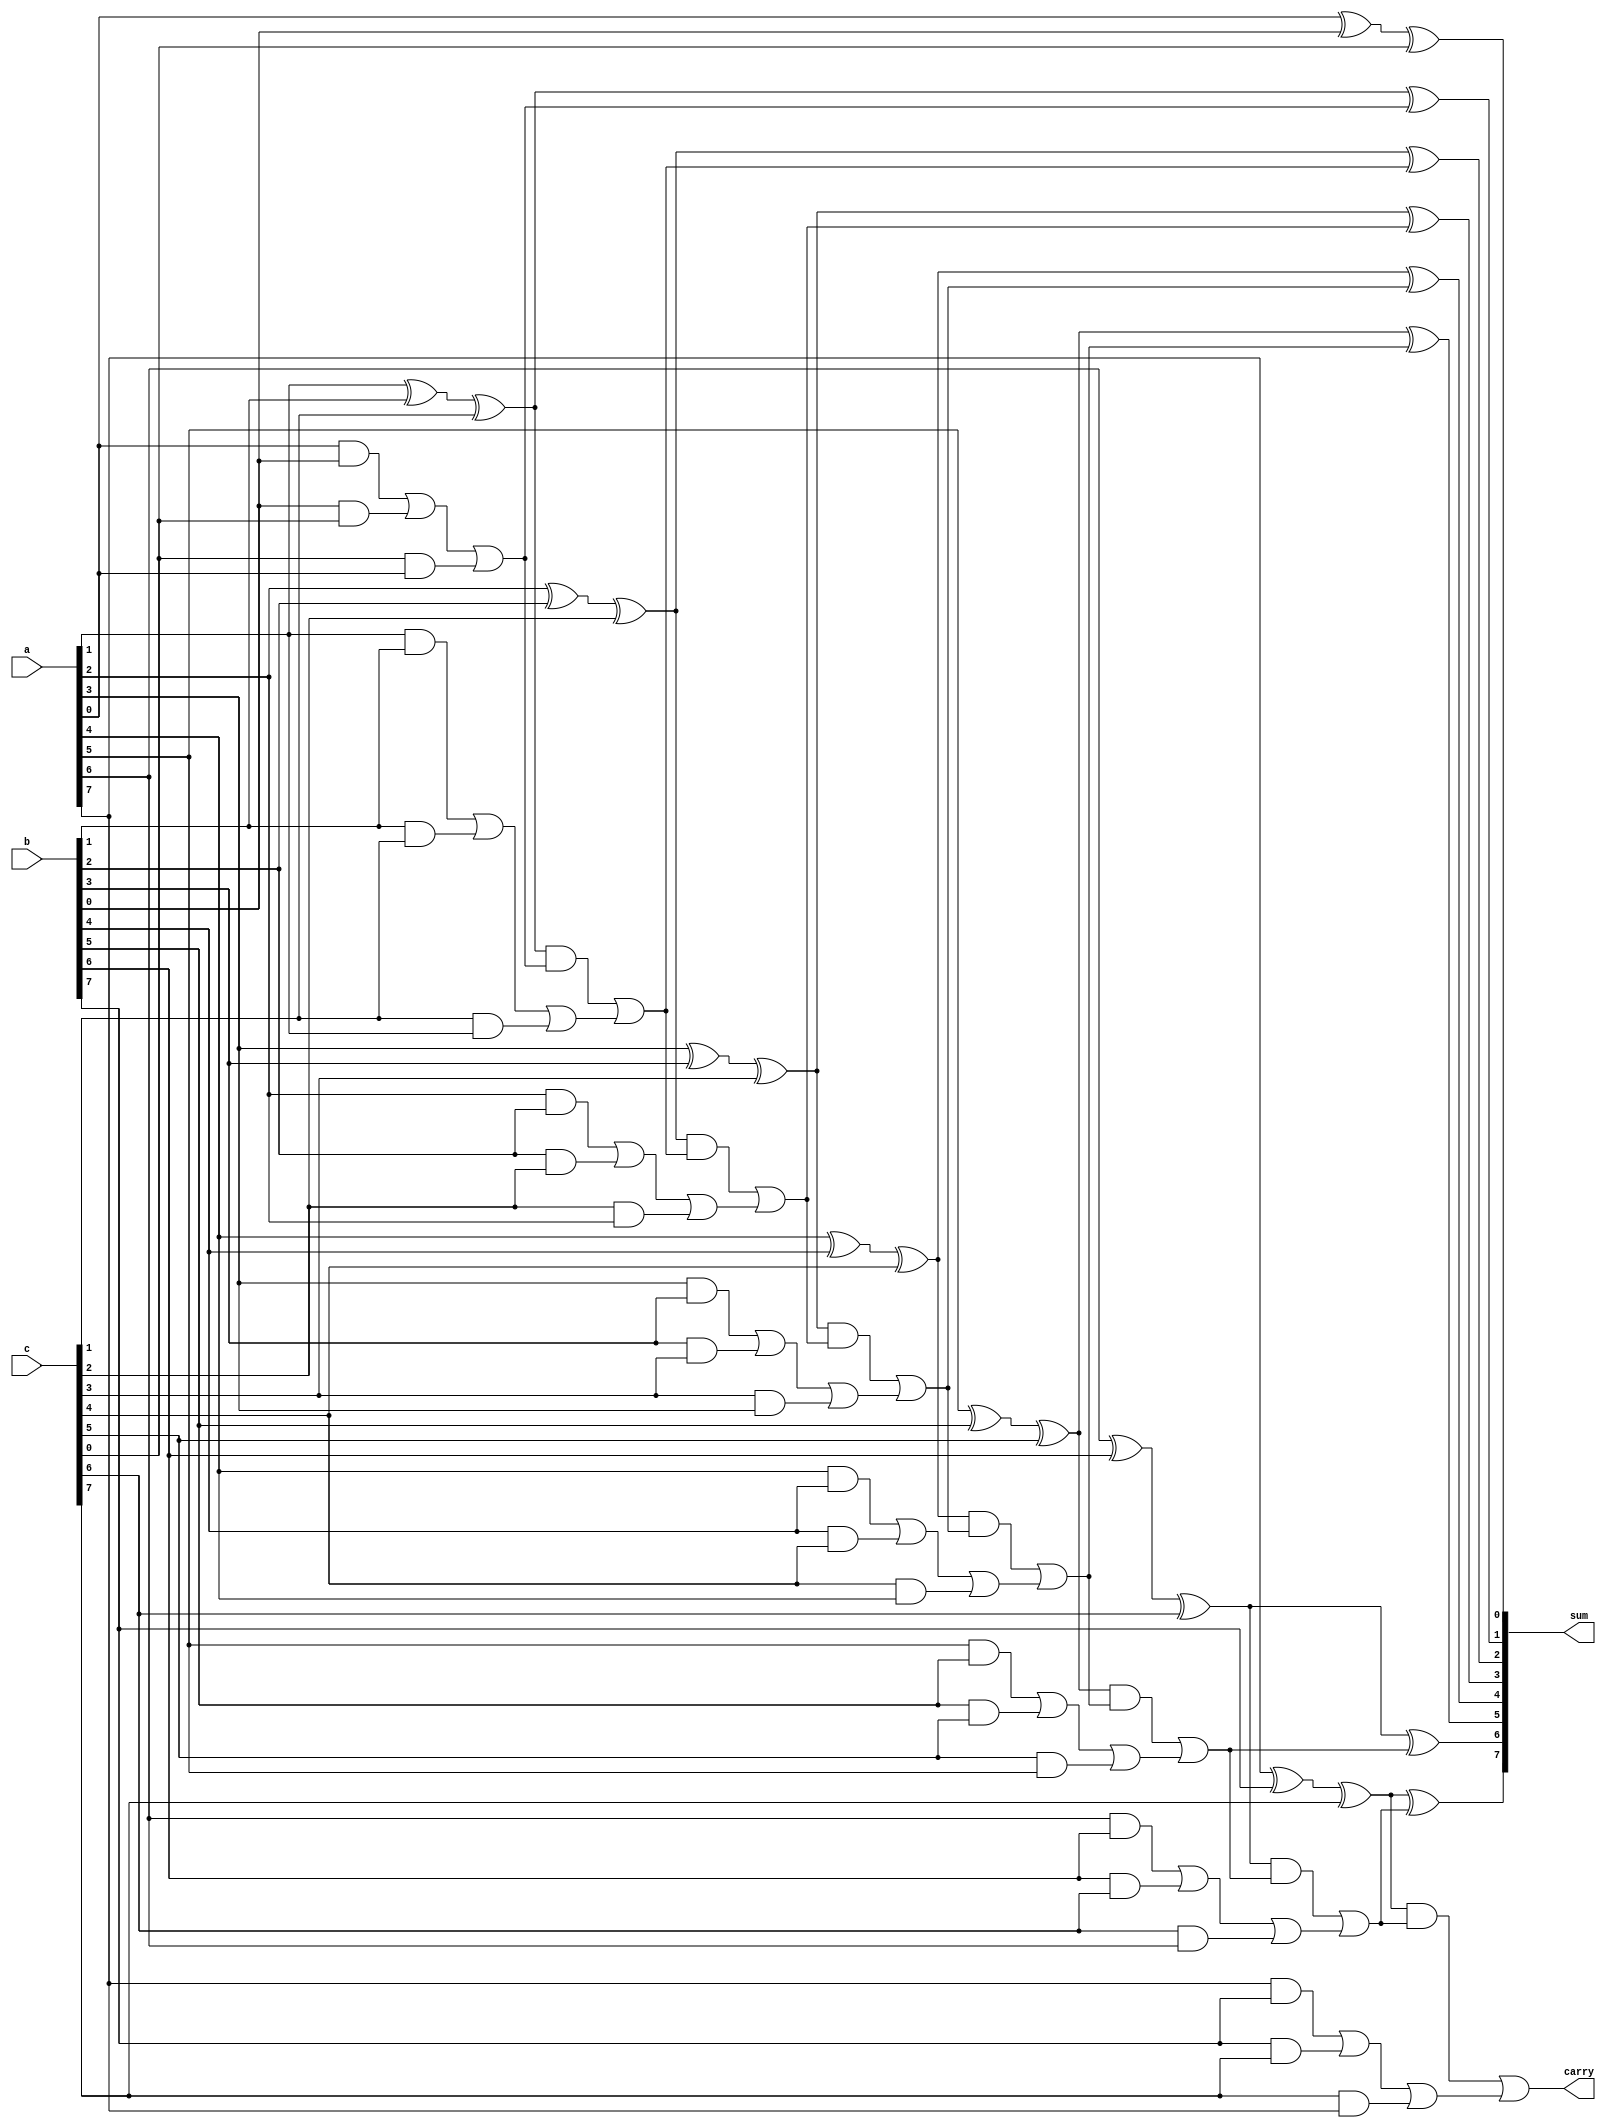
module carry_save_adder (
    input [N-1:0] a, // First input
    input [N-1:0] b, // Second input
    input [N-1:0] c, // Third input
    output [N-1:0] sum, // Final sum output
    output carry // Final carry output
);
    parameter N = 8; // Bit width of the inputs

    wire [N-1:0] partial_sum;
    wire [N-1:0] carry_out;

    // Level 1: Carry Save Addition of a, b, c
    generate
        genvar i;
        for (i = 0; i < N; i = i + 1) begin : csa_level1
            assign partial_sum[i] = a[i] ^ b[i] ^ c[i]; // Sum
            assign carry_out[i] = (a[i] & b[i]) | (b[i] & c[i]) | (c[i] & a[i]); // Carry
        end
    endgenerate

    // Level 2: Final addition of partial_sum and carry_out
    wire [N-1:0] final_sum;
    wire [N-1:0] final_carry;

    generate
        for (i = 0; i < N; i = i + 1) begin : final_adder
            if (i == 0) begin
                assign final_sum[i] = partial_sum[i]; // First bit
                assign final_carry[i] = carry_out[i]; // First carry
            end else begin
                assign final_sum[i] = partial_sum[i] ^ final_carry[i-1]; // Sum
                assign final_carry[i] = (partial_sum[i] & final_carry[i-1]) | carry_out[i]; // Carry
            end
        end
    endgenerate

    // Final output
    assign sum = final_sum;
    assign carry = final_carry[N-1]; // Final carry out

endmodule